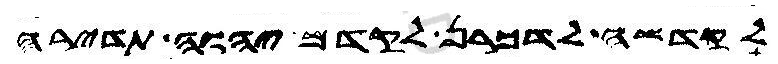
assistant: לקדשה לדכרן לקדם יהוה תדירה